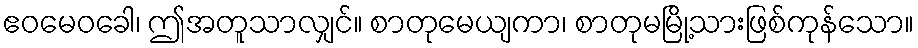
ဧဝမေဝခေါ၊ ဤအတူသာလျှင်။ စာတုမေယျကာ၊ စာတုမမြို့သားဖြစ်ကုန်သော။